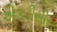
એકડીસીસ